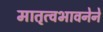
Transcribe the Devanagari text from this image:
मातृत्वभावनेने